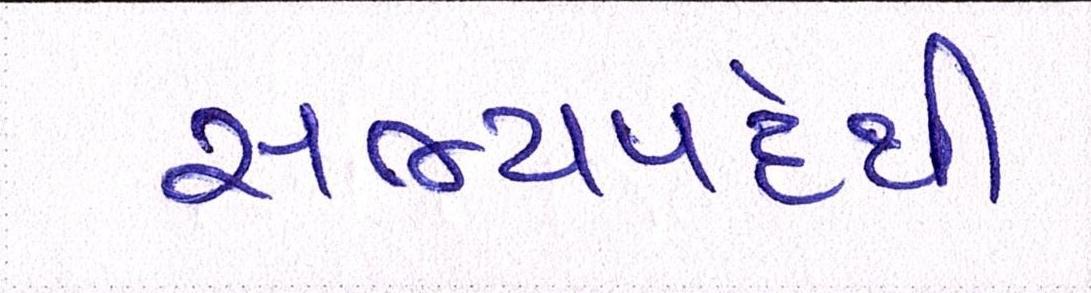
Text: સભ્યપદેથી